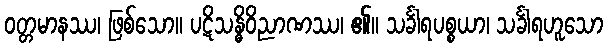
ဝတ္တမာနဿ၊ ဖြစ်သော။ ပဋိသန္ဓိဝိညာဏဿ၊ ၏။ သင်္ခါရပစ္စယာ၊ သင်္ခါရဟူသော